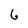
Character: 6